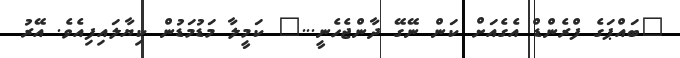
"ބައްޕަގެ ފްރެންޑް އެގެއަށް ކަން ނޭގޭ ދާންޖެހެނީ..." ކަމީލާ މަޑުމަޑުން ކިޔާލައިފިއެވެ. އޭރު